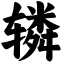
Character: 辚